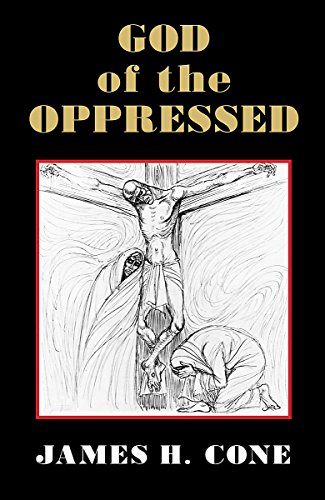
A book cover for God of the Oppressed; James H. Cone; Religion & Spirituality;